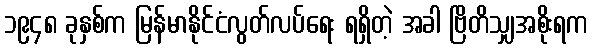
၁၉၄၈ ခုနှစ်က မြန်မာနိုင်ငံလွတ်လပ်ရေး ရရှိတဲ့ အခါ ဗြိတိသျှအစိုးရက